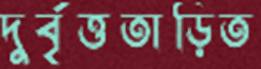
দুর্বৃত্ততাড়িত